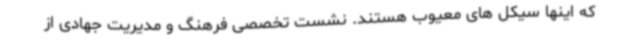
که اینها سیکل های معیوب هستند. نشست تخصصی فرهنگ و مدیریت جهادی از